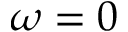
\omega = 0